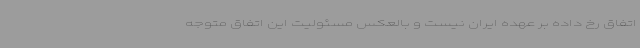
اتفاق رخ داده بر عهده ایران نیست و بالعکس مسئولیت این اتفاق متوجه